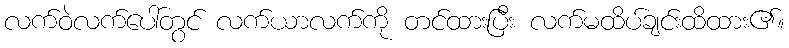
လက်ဝဲလက်ပေါ်တွင် လက်ယာလက်ကို တင်ထားပြီး လက်မထိပ်ချင်းထိထား၏။